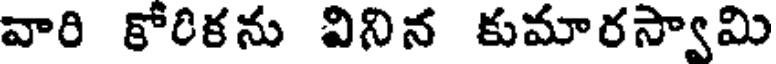
వారి కోరికను వినిన కుమారస్వామి